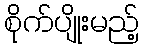
စိုက်ပျိုးမည့်